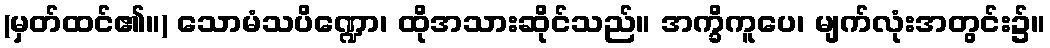
(မှတ်ထင်၏။) သောမံသပိဏ္ဍော၊ ထိုအသားဆိုင်သည်။ အက္ခိကူပေ၊ မျက်လုံးအတွင်း၌။